Civil Veterinary Department. Madras. Admin. report 1926-33 - 1926-1933
Year: 1926
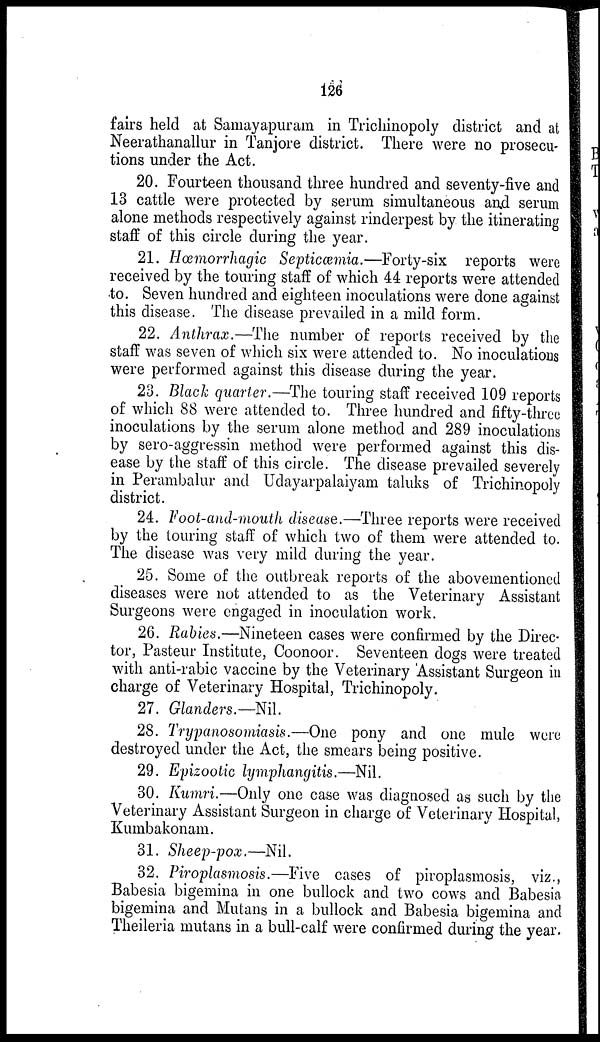
126
fairs held at Samayapuram in Trichinopoly district and at
Neerathanallur in Tanjore district. There were no prosecu-
tions under the Act.
20. Fourteen thousand three hundred and seventy-five and
13 cattle were protected by serum simultaneous and serum
alone methods respectively against rinderpest by the itinerating
staff of this circle during the year.
21. Hæmorrhagic Septicæmia.—Forty-six reports were
received by the touring staff of which 44 reports were attended
to. Seven hundred and eighteen inoculations were done against
this disease. The disease prevailed in a mild form.
22. Anthrax.—The number of reports received by the
staff was seven of which six were attended to. No inoculations
were performed against this disease during the year.
23. Black quarter.—The touring staff received 109 reports
of which 88 were attended to. Three hundred and fifty-three
inoculations by the serum alone method and 289 inoculations
by sero-aggressin method were performed against this dis-
ease by the staff of this circle. The disease prevailed severely
in Perambalur and Udayarpalaiyam taluks of Trichinopoly
district.
24. Foot-and-mouth disease.—Three reports were received
by the touring staff of which two of them were attended to.
The disease was very mild during the year.
25. Some of the outbreak reports of the abovementioned
diseases were not attended to as the Veterinary Assistant
Surgeons were engaged in inoculation work.
26. Rabies.—Nineteen cases were confirmed by the Direc-
tor, Pasteur Institute, Coonoor. Seventeen dogs were treated
with anti-rabic vaccine by the Veterinary Assistant Surgeon in
charge of Veterinary Hospital, Trichinopoly.
27. Glanders.—Nil.
28. Trypanosomiasis.—One pony and one mule were
destroyed under the Act, the smears being positive.
29. Epizootic lymphangitis.—Nil.
30. Kumri.—Only one case was diagnosed as such by the
Veterinary Assistant Surgeon in charge of Veterinary Hospital,
Kumbakonam.
31. Sheep-pox.—Nil.
32. Piroplasmosis.—Five cases of piroplasmosis, viz.,
Babesia bigemina in one bullock and two cows and Babesia
bigemina and Mutans in a bullock and Babesia bigemina and
Theileria mutans in a bull-calf were confirmed during the year.